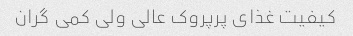
کیفیت غذای پرپروک عالی ولی کمی گران